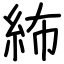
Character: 𥿠